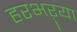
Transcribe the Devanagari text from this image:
हरभऱ्या